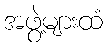
အဖွဲ့များထံ